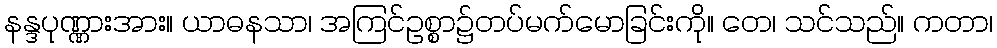
နန္ဒပုဏ္ဏားအား။ ယာဓနသာ၊ အကြင်ဥစ္စာ၌တပ်မက်မောခြင်းကို။ တေ၊ သင်သည်။ ကတာ၊